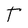
Character: t